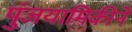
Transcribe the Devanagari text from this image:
पुंजयामिकीने